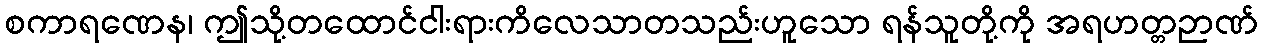
စကာရဏေန၊ ဤသို့တထောင်ငါးရားကိလေသာတသည်းဟူသော ရန်သူတို့ကို အရဟတ္တဉာဏ်